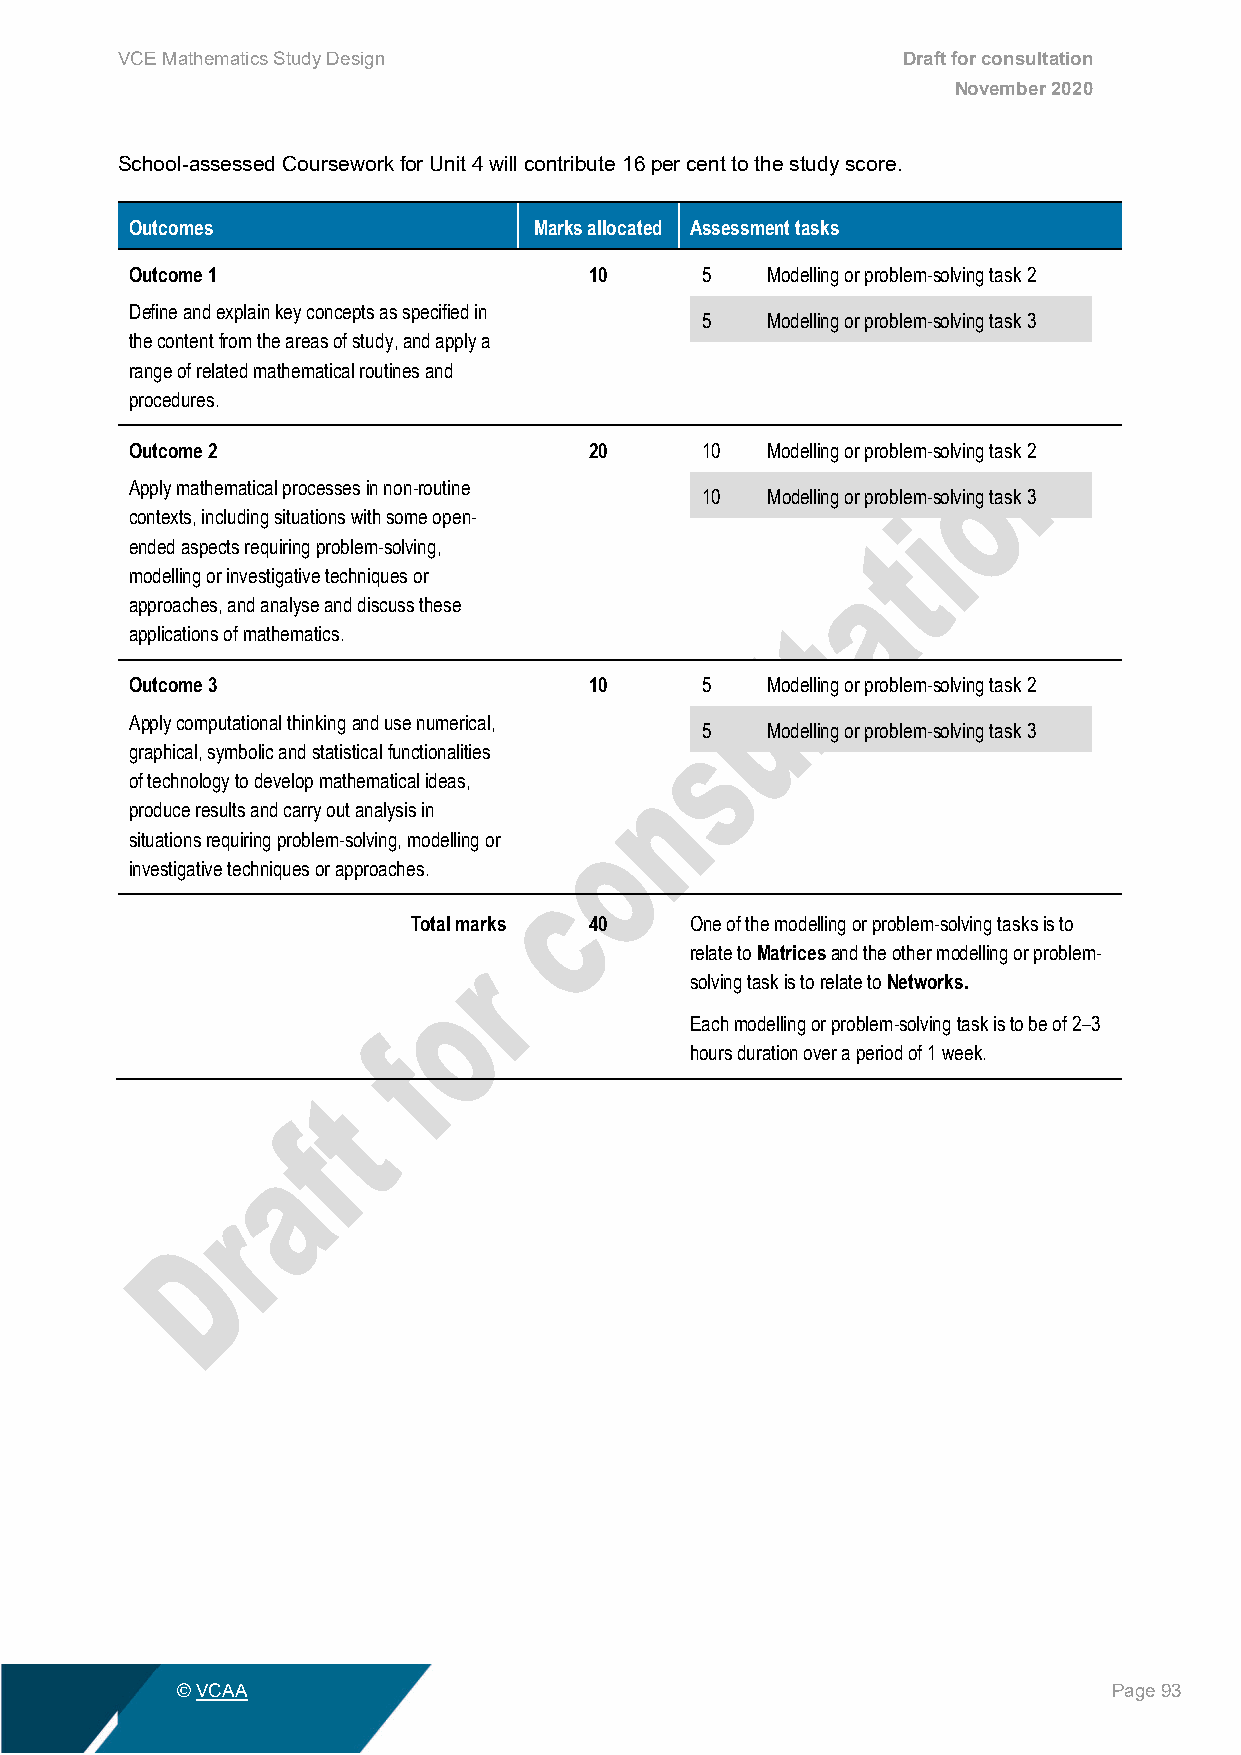
VCE Mathematics Study Design                        Draft for consultation
 November 2020
 School-assessed Coursework for Unit 4 will contribute 16 per cent to the study score.
 Outcomes                  Marks allocated Assessment tasks
 Outcome 1                     10     5    Modelling or problem-solving task 2
 Define and explain key concepts as specified in
 5    Modelling or problem-solving task 3
 the content from the areas of study, and apply a
 range of related mathematical routines and
 procedures.
 Outcome 2                     20     10   Modelling or problem-solving task 2
 Apply mathematical processes in non-routine
 10   Modelling or problem-solving task 3
 contexts, including situations with some open-
 ended aspects requiring problem-solving,
 modelling or investigative techniques or
 approaches, and analyse and discuss these
 applications of mathematics.
 Outcome 3                     10     5    Modelling or problem-solving task 2
 Apply computational thinking and use numerical,
 5    Modelling or problem-solving task 3
 graphical, symbolic and statistical functionalities
 of technology to develop mathematical ideas,
 produce results and carry out analysis in
 situations requiring problem-solving, modelling or
 investigative techniques or approaches.
 Total marks 40     One of the modelling or problem-solving tasks is to
 relate to Matrices and the other modelling or problem-
 solving task is to relate to Networks.
 Each modelling or problem-solving task is to be of 2–3
 hours duration over a period of 1 week.
 © VCAA                                                        Page 93